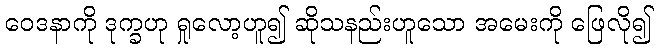
ဝေဒနာကို ဒုက္ခဟု ရှုလော့ဟူ၍ ဆိုသနည်းဟူသော အမေးကို ဖြေလို၍